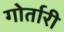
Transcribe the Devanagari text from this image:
गोर्तारी